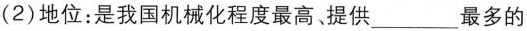
(2)地位：是我国机械化程度最高。提供___最多的